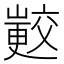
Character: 𭗟